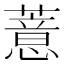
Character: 薏